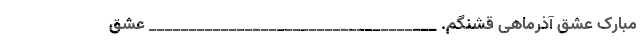
مبارک عشق آذرماهی قشنگم. ____________________________________ عشق